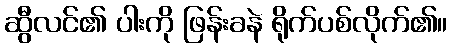
ဆွီလင်၏ ပါးကို ဖြန်းခနဲ ရိုက်ပစ်လိုက်၏။